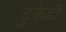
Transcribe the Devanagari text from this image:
टुकेडी